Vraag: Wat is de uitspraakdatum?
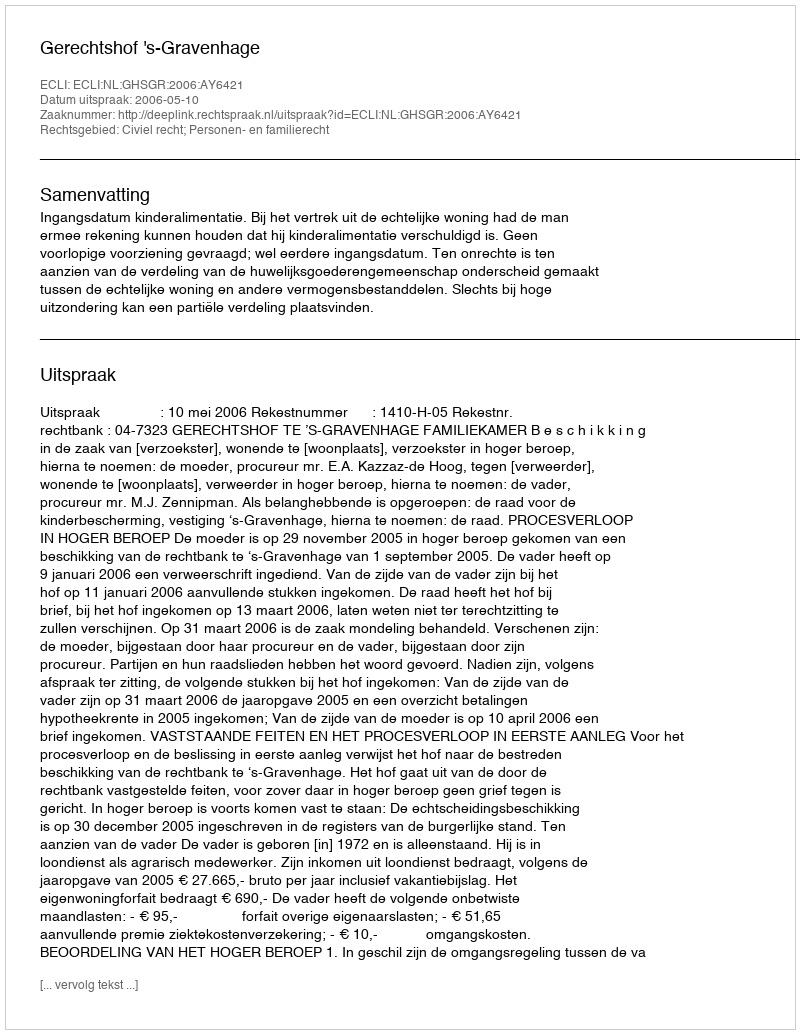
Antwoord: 2006-05-10